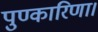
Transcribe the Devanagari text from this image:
पुण्कारिणा।